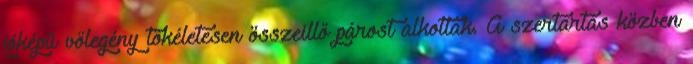
jóképű vőlegény tökéletesen összeillő párost alkottak. A szertartás közben